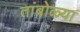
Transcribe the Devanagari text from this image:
तांबोळ्या